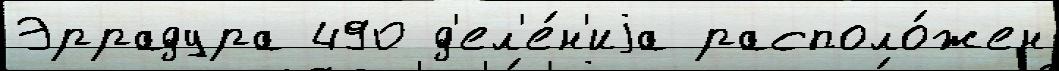
Эррадура 490 д'ел'е́н'иjа располо́жен